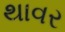
થાવર